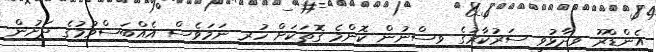
އެންޑްރޫ ވިދާޅުވީ ސަރުކާރުގެ ވިސްނުން ކޮންމެ ގޮތަކަށް ހުރި ނަމަވެސް އެއްބަސްވުމުގެ ދަށުން